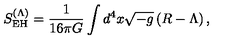
S _ { \mathrm { E H } } ^ { ( \Lambda ) } = \frac { 1 } { 1 6 \pi G } \int d ^ { 4 } x \sqrt { - g } \left( R - \Lambda \right) ,